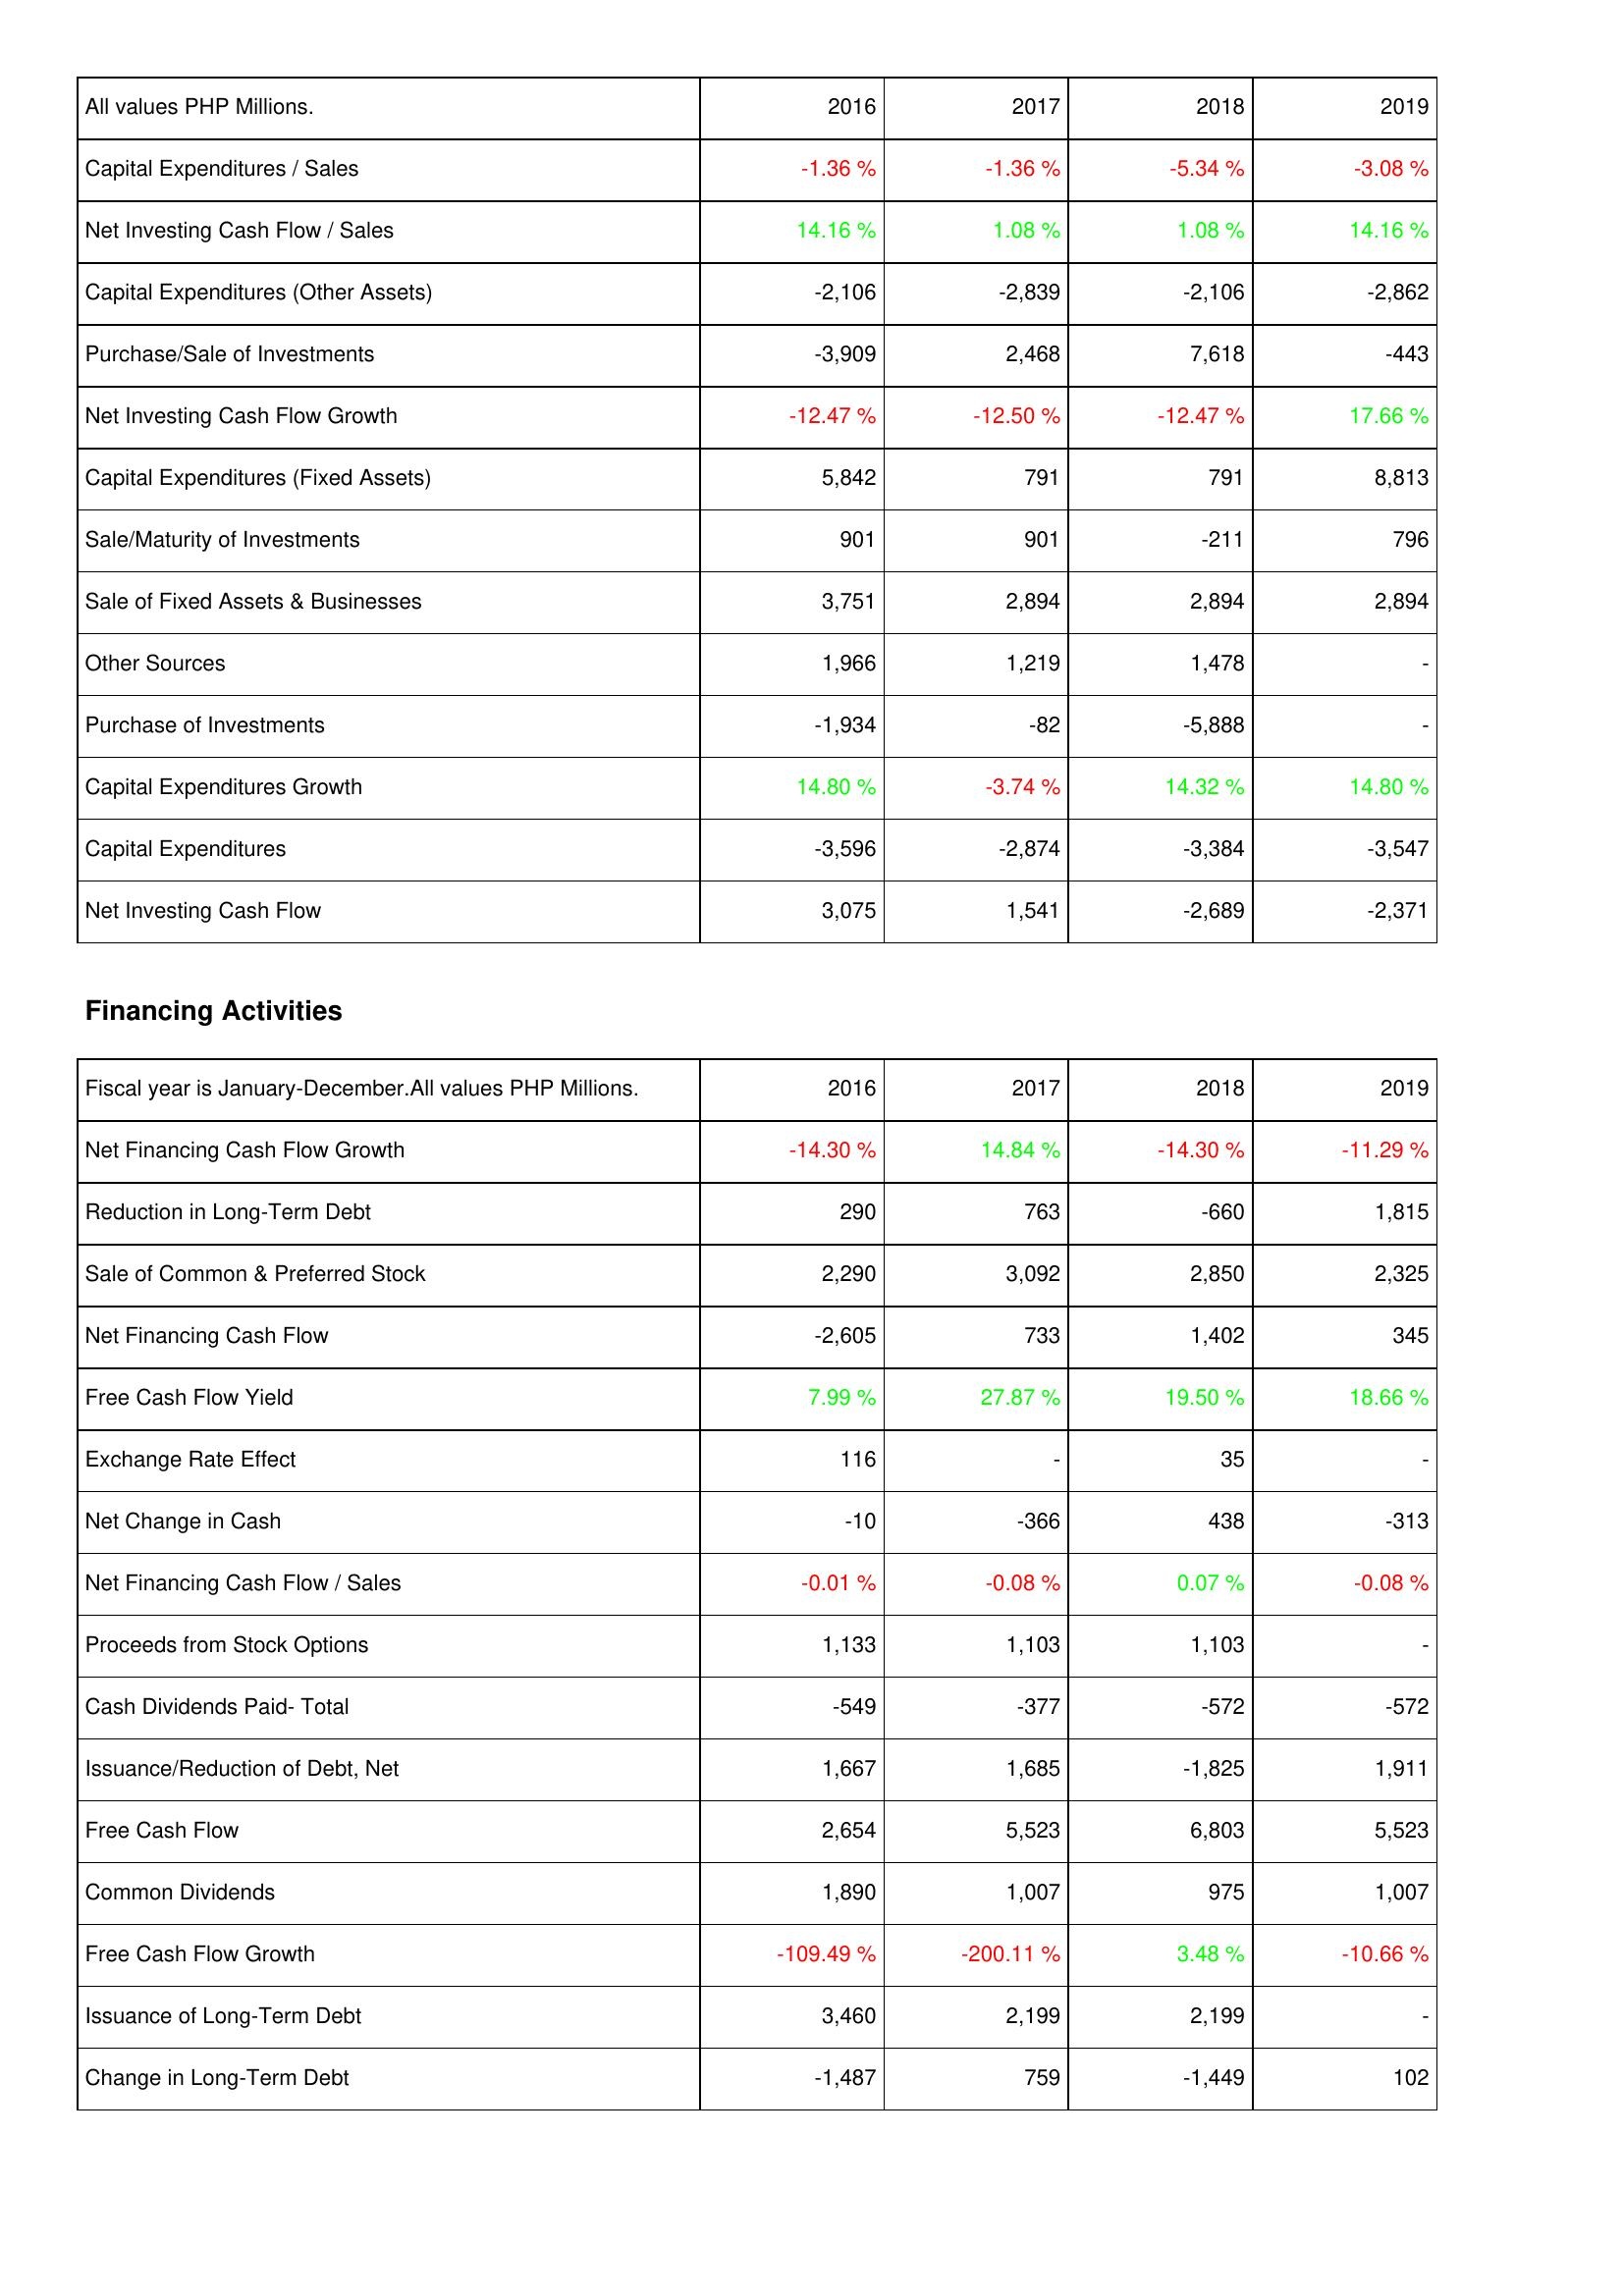
2016: Investing Activities: Capital Expenditures / Sales: -1.36 %
Net Investing Cash Flow / Sales: 14.16 %
Capital Expenditures (Other Assets): -2,106
Purchase/Sale of Investments: -3,909
Net Investing Cash Flow Growth: -12.47 %
Capital Expenditures (Fixed Assets): 5,842
Sale/Maturity of Investments: 901
Sale of Fixed Assets & Businesses: 3,751
Other Sources: 1,966
Purchase of Investments: -1,934
Capital Expenditures Growth: 14.80 %
Capital Expenditures: -3,596
Net Investing Cash Flow: 3,075
Financing Activities: Net Financing Cash Flow Growth: -14.30 %
Reduction in Long-Term Debt: 290
Sale of Common & Preferred Stock: 2,290
Net Financing Cash Flow: -2,605
Free Cash Flow Yield: 7.99 %
Exchange Rate Effect: 116
Net Change in Cash: -10
Net Financing Cash Flow / Sales: -0.01 %
Proceeds from Stock Options: 1,133
Cash Dividends Paid- Total: -549
Issuance/Reduction of Debt, Net: 1,667
Free Cash Flow: 2,654
Common Dividends: 1,890
Free Cash Flow Growth: -109.49 %
Issuance of Long-Term Debt: 3,460
Change in Long-Term Debt: -1,487
2017: Investing Activities: Capital Expenditures / Sales: -1.36 %
Net Investing Cash Flow / Sales: 1.08 %
Capital Expenditures (Other Assets): -2,839
Purchase/Sale of Investments: 2,468
Net Investing Cash Flow Growth: -12.50 %
Capital Expenditures (Fixed Assets): 791
Sale/Maturity of Investments: 901
Sale of Fixed Assets & Businesses: 2,894
Other Sources: 1,219
Purchase of Investments: -82
Capital Expenditures Growth: -3.74 %
Capital Expenditures: -2,874
Net Investing Cash Flow: 1,541
Financing Activities: Net Financing Cash Flow Growth: 14.84 %
Reduction in Long-Term Debt: 763
Sale of Common & Preferred Stock: 3,092
Net Financing Cash Flow: 733
Free Cash Flow Yield: 27.87 %
Exchange Rate Effect: -
Net Change in Cash: -366
Net Financing Cash Flow / Sales: -0.08 %
Proceeds from Stock Options: 1,103
Cash Dividends Paid- Total: -377
Issuance/Reduction of Debt, Net: 1,685
Free Cash Flow: 5,523
Common Dividends: 1,007
Free Cash Flow Growth: -200.11 %
Issuance of Long-Term Debt: 2,199
Change in Long-Term Debt: 759
2018: Investing Activities: Capital Expenditures / Sales: -5.34 %
Net Investing Cash Flow / Sales: 1.08 %
Capital Expenditures (Other Assets): -2,106
Purchase/Sale of Investments: 7,618
Net Investing Cash Flow Growth: -12.47 %
Capital Expenditures (Fixed Assets): 791
Sale/Maturity of Investments: -211
Sale of Fixed Assets & Businesses: 2,894
Other Sources: 1,478
Purchase of Investments: -5,888
Capital Expenditures Growth: 14.32 %
Capital Expenditures: -3,384
Net Investing Cash Flow: -2,689
Financing Activities: Net Financing Cash Flow Growth: -14.30 %
Reduction in Long-Term Debt: -660
Sale of Common & Preferred Stock: 2,850
Net Financing Cash Flow: 1,402
Free Cash Flow Yield: 19.50 %
Exchange Rate Effect: 35
Net Change in Cash: 438
Net Financing Cash Flow / Sales: 0.07 %
Proceeds from Stock Options: 1,103
Cash Dividends Paid- Total: -572
Issuance/Reduction of Debt, Net: -1,825
Free Cash Flow: 6,803
Common Dividends: 975
Free Cash Flow Growth: 3.48 %
Issuance of Long-Term Debt: 2,199
Change in Long-Term Debt: -1,449
2019: Investing Activities: Capital Expenditures / Sales: -3.08 %
Net Investing Cash Flow / Sales: 14.16 %
Capital Expenditures (Other Assets): -2,862
Purchase/Sale of Investments: -443
Net Investing Cash Flow Growth: 17.66 %
Capital Expenditures (Fixed Assets): 8,813
Sale/Maturity of Investments: 796
Sale of Fixed Assets & Businesses: 2,894
Other Sources: -
Purchase of Investments: -
Capital Expenditures Growth: 14.80 %
Capital Expenditures: -3,547
Net Investing Cash Flow: -2,371
Financing Activities: Net Financing Cash Flow Growth: -11.29 %
Reduction in Long-Term Debt: 1,815
Sale of Common & Preferred Stock: 2,325
Net Financing Cash Flow: 345
Free Cash Flow Yield: 18.66 %
Exchange Rate Effect: -
Net Change in Cash: -313
Net Financing Cash Flow / Sales: -0.08 %
Proceeds from Stock Options: -
Cash Dividends Paid- Total: -572
Issuance/Reduction of Debt, Net: 1,911
Free Cash Flow: 5,523
Common Dividends: 1,007
Free Cash Flow Growth: -10.66 %
Issuance of Long-Term Debt: -
Change in Long-Term Debt: 102